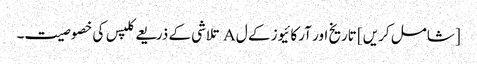
[شامل کریں] تاریخ اور آرکائیوز کے ل A تلاشی کے ذریعے کلپس کی خصوصیت۔